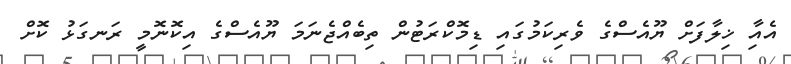
އެއާި ޚިލާފަށް ޔޫއެސްގެ ވެރިކަމުގައި ޑިމޮކްރަޓުން ތިބެއްޖެނަމަ ޔޫއެސްގެ އިކޮނޮމީ ރަނގަޅު ކޮށް